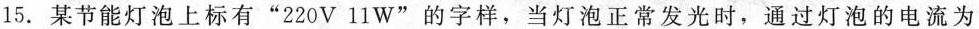
15.某节能灯泡上标有”220V 11W”的字样，当灯泡正常发光时，通过灯泡的电流为